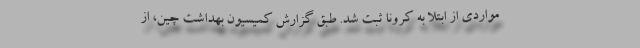
مواردی از ابتلا به کرونا ثبت شد. طبق گزارش کمیسیون بهداشت چین، از